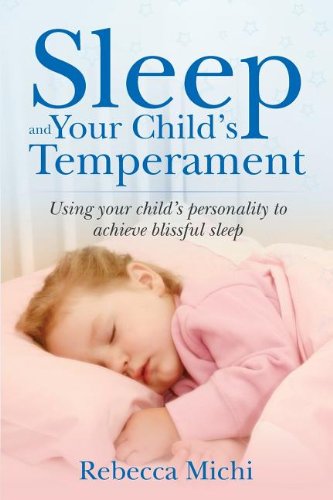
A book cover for Sleep and Your Child's Temperament; Rebecca Michi; Health, Fitness & Dieting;